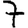
Digit: 7